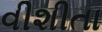
વીશીતા